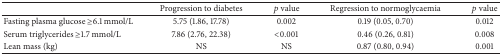
|  | Progression to diabetes | pvalue | Regression to normoglycaemia | p value |
 | --- | --- | --- | --- | --- |
 | Fasting plasma glucose ≥6.1 mmol/L | 5.75 (1.86, 17.78) | 0.002 | 0.19 (0.05, 0.70) | 0.012 |
 | Serum triglycerides ≥1.7 mmol/L | 7.86 (2.76, 22.38) | <0.001 | 0.46 (0.26, 0.81) | 0.008 |
 | Lean mass (kg) | NS | NS | 0.87 (0.80, 0.94) | 0.001 |